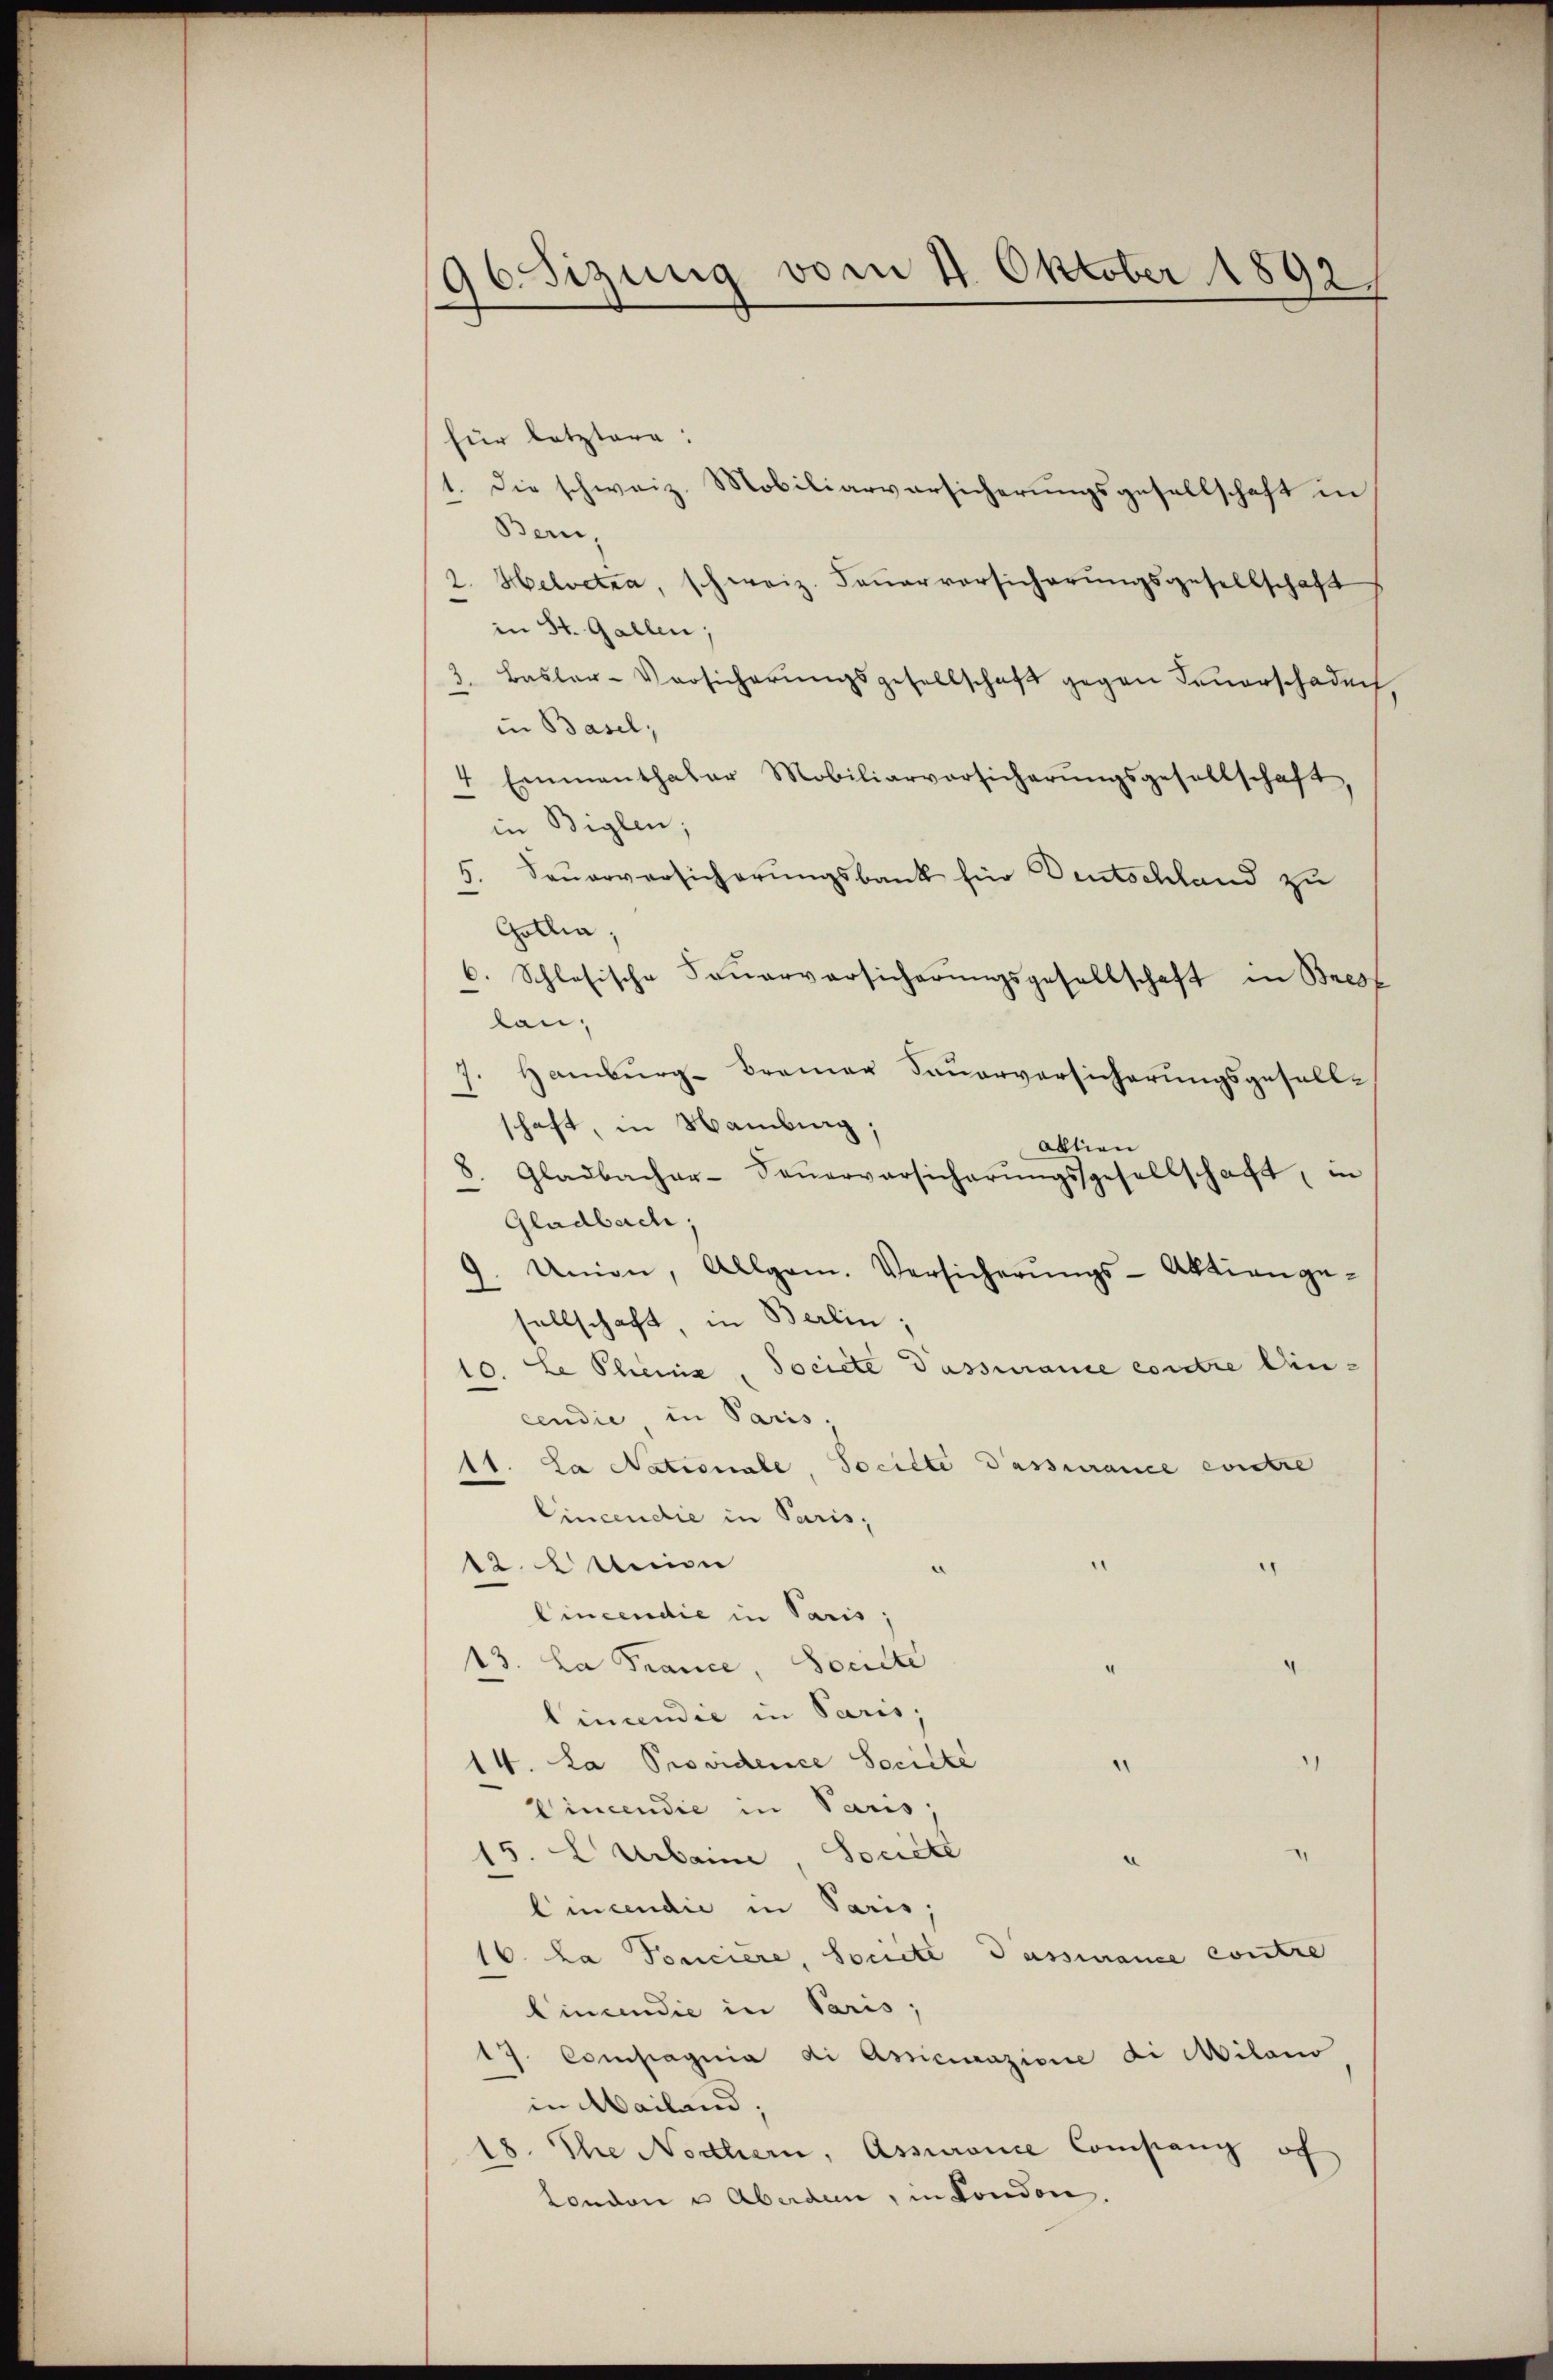
9esizung vom 4. Oktober 1892/

für letztere:
1. Die schweiz. Mobiliarversicherungsgesellschaft in
Bern,
2. Helvetia, schweiz. Feuerversicherungsgesellschaft
in St. Gallen;
3. Basler-Versicherŭngsgesellschaft gegen Feŭerschaden,
in Basel;
4 Emmenthaler Mobiliarversicherŭngsgesellschaft,
in Beglen;
5. Feŭerversicherŭngsbank für Deutschland zu
Gotlia,
6. Schlesische Feŭerversicherŭngsgesellschaft in Bresf
lan,
Hamburg - Brenner Sauerversicherungsgesellschaft, in Namburg,
Gladbachar- Feŭerversicherŭngsgesellschaft, in
8.
Gladbach,
9. Union, Allgem. Versicherŭngs-Aktienge-
sellschaft, in Berlin,
10. Le Plenz, Societe Passurance contre Ein-
cendie, in Paris;
11. La Nationale, Societe Passurance entre
Cincendie in Paris,
12. Maion
Cincendie in Paris;
13. La France, Societe
Cincendie in Paris;
14. La Providence Societe
Cincendie in Paris;
15. Larbaine, Societe
licendie in Paris
16. La Ponciere, Societe Passiance contre
linundie in Paris,
17. Compagnia di Articinazione di Milano
in Mailand;
18. Ihre Nothern, Assurance Company of
London u. Aberden, in London.